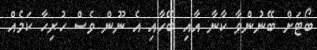
ބޯޓަށް ބޭނުންވާ ކާނާ އާއި ބޭހާއި އެ ނޫން ވެސް ހުރިހާ ކަމެއް